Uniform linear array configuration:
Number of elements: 8
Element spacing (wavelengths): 0.5
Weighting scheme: hamming
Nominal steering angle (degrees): -45
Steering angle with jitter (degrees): -45.856
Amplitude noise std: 0.05
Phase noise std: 0.05

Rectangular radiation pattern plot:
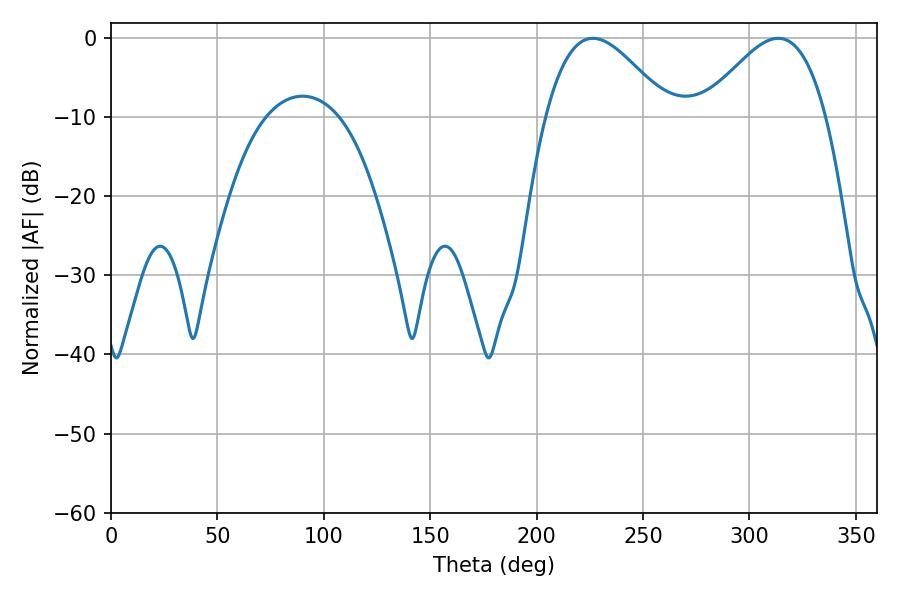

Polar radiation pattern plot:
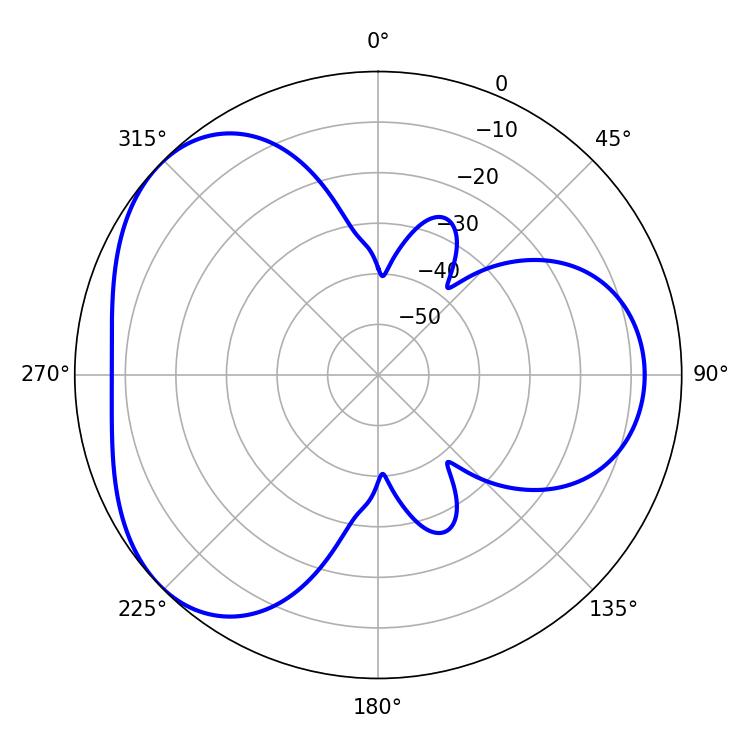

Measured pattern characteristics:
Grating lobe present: FALSE
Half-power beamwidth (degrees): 31.14
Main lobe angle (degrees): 226.44